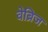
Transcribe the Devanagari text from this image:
वेब्रिज